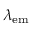
\lambda _ { \mathrm { e m } }